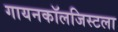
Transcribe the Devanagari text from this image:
गायनकॉलजिस्टला